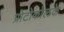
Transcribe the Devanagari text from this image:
प्रोटोकोलके